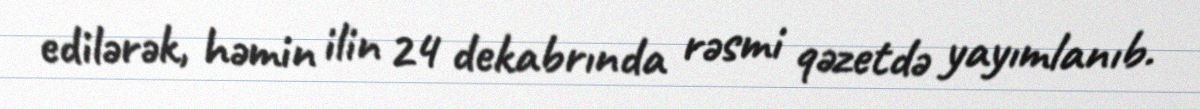
edilərək, həmin ilin 24 dekabrında rəsmi qəzetdə yayımlanıb.